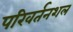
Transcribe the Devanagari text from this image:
परिवर्तनशल